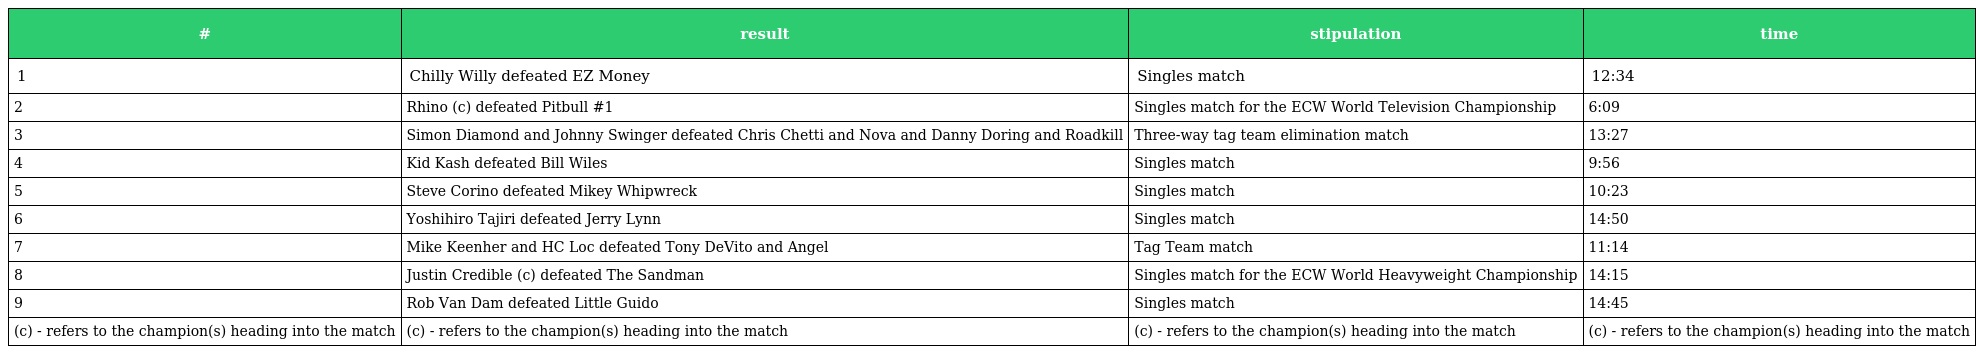
| # | result | stipulation | time |
 | --- | --- | --- | --- |
 | 1 | Chilly Willy defeated EZ Money | Singles match | 12:34 |
 | 2 | Rhino (c) defeated Pitbull #1 | Singles match for the ECW World Television Championship | 6:09 |
 | 3 | Simon Diamond and Johnny Swinger defeated Chris Chetti and Nova and Danny Doring and Roadkill | Three-way tag team elimination match | 13:27 |
 | 4 | Kid Kash defeated Bill Wiles | Singles match | 9:56 |
 | 5 | Steve Corino defeated Mikey Whipwreck | Singles match | 10:23 |
 | 6 | Yoshihiro Tajiri defeated Jerry Lynn | Singles match | 14:50 |
 | 7 | Mike Keenher and HC Loc defeated Tony DeVito and Angel | Tag Team match | 11:14 |
 | 8 | Justin Credible (c) defeated The Sandman | Singles match for the ECW World Heavyweight Championship | 14:15 |
 | 9 | Rob Van Dam defeated Little Guido | Singles match | 14:45 |
 | (c) - refers to the champion(s) heading into the match | (c) - refers to the champion(s) heading into the match | (c) - refers to the champion(s) heading into the match | (c) - refers to the champion(s) heading into the match |